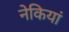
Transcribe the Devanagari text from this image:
नेकियां